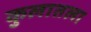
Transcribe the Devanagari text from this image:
कुलातला